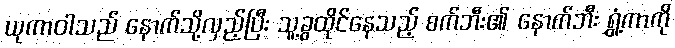
ယုကာဝါသည် နောက်သို့လှည့်ပြီး သူ့ခွထိုင်နေသည့် စက်ဘီး၏ နောက်ဘီး ရွှံ့ကာကို